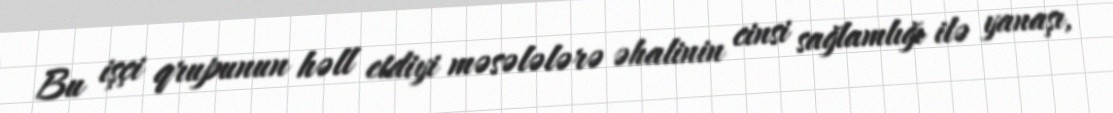
Bu işçi qrupunun həll etdiyi məsələlərə əhalinin cinsi sağlamlığı ilə yanaşı,